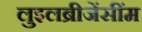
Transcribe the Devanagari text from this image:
लुइलब्रीजेंसींम